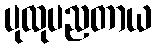
ပုထုပညတာယ